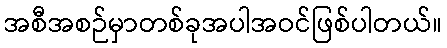
အစီအစဉ်မှာတစ်ခုအပါအဝင်ဖြစ်ပါတယ်။